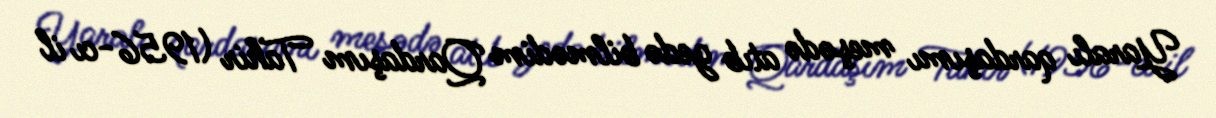
Yaralı qardaşımı meşədə atıb gedə bilmədim Qardaşım Tahir (1956-cı il